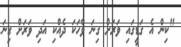
"ކިން އެ ގަޑީގައި ވަރަށް ގިނަ ވާހަކަ ދެއްކި އަދި ވަރަށް ގިނަ